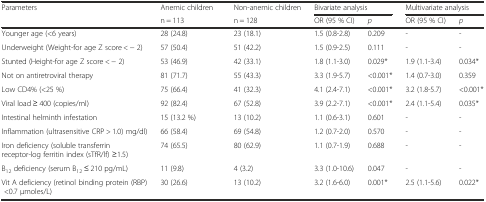
| Parameters | Anemic children | Non-anemic children | <COLSPAN=2> Bivariate analysis | <COLSPAN=2> Multivariate analysis |
 |  | n = 113 | n = 128 | OR (95 % CI) | p | OR (95 % CI) | p |
 | --- | --- | --- | --- | --- | --- | --- |
 | Younger age (<6 years) | 28 (24.8) | 23 (18.1) | 1.5 (0.8-2.8) | 0.209 | - | - |
 | Underweight (Weight-for age Z score < − 2) | 57 (50.4) | 51 (42.2) | 1.5 (0.9-2.5) | 0.111 | - | - |
 | Stunted (Height-for age Z score < − 2) | 53 (46.9) | 42 (33.1) | 1.8 (1.1-3.0) | 0.029* | 1.9 (1.1-3.4) | 0.034* |
 | Not on antiretroviral therapy | 81 (71.7) | 55 (43.3) | 3.3 (1.9-5.7) | <0.001* | 1.4 (0.7-3.0) | 0.359 |
 | Low CD4% (<25 %) | 75 (66.4) | 41 (32.3) | 4.1 (2.4-7.1) | <0.001* | 3.2 (1.8-5.7) | <0.001* |
 | Viral load ≥ 400 (copies/ml) | 92 (82.4) | 67 (52.8) | 3.9 (2.2-7.1) | <0.001* | 2.4 (1.1-5.4) | 0.035* |
 | Intestinal helminth infestation | 15 (13.2 %) | 13 (10.2) | 1.1 (0.6-3.1) | 0.601 | - | - |
 | Inflammation (ultrasensitive CRP > 1.0) mg/dl) | 66 (58.4) | 69 (54.8) | 1.2 (0.7-2.0) | 0.570 | - | - |
 | Iron deficiency (soluble transferrin receptor-log ferritin index (sTfR/lf) ≥1.5) | 74 (65.5) | 80 (62.9) | 1.1 (0.7-1.9) | 0.688 | - | - |
 | B12 deficiency (serum B12 ≤ 210 pg/mL) | 11 (9.8) | 4 (3.2) | 3.3 (1.0-10.6) | 0.047 | - | - |
 | Vit A deficiency (retinol binding protein (RBP) <0.7 μmoles/L) | 30 (26.6) | 13 (10.2) | 3.2 (1.6-6.0) | 0.001* | 2.5 (1.1-5.6) | 0.022* |